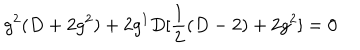
LaTeX: g ^ { 2 } ( D + 2 g ^ { 2 } ) + 2 g ^ { 1 } D [ \frac { 1 } { 2 } ( D - 2 ) + 2 g ^ { 2 } ] = 0